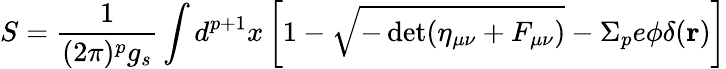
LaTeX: S=\frac{1}{(2\pi)^{p}g_{s}}\int d^{p+1}x\left[1-\sqrt{-\operatorname*{det}(\eta_{\mu\nu}+F_{\mu\nu})}-\Sigma_{p}e\phi\delta({\mathbf r})\right]